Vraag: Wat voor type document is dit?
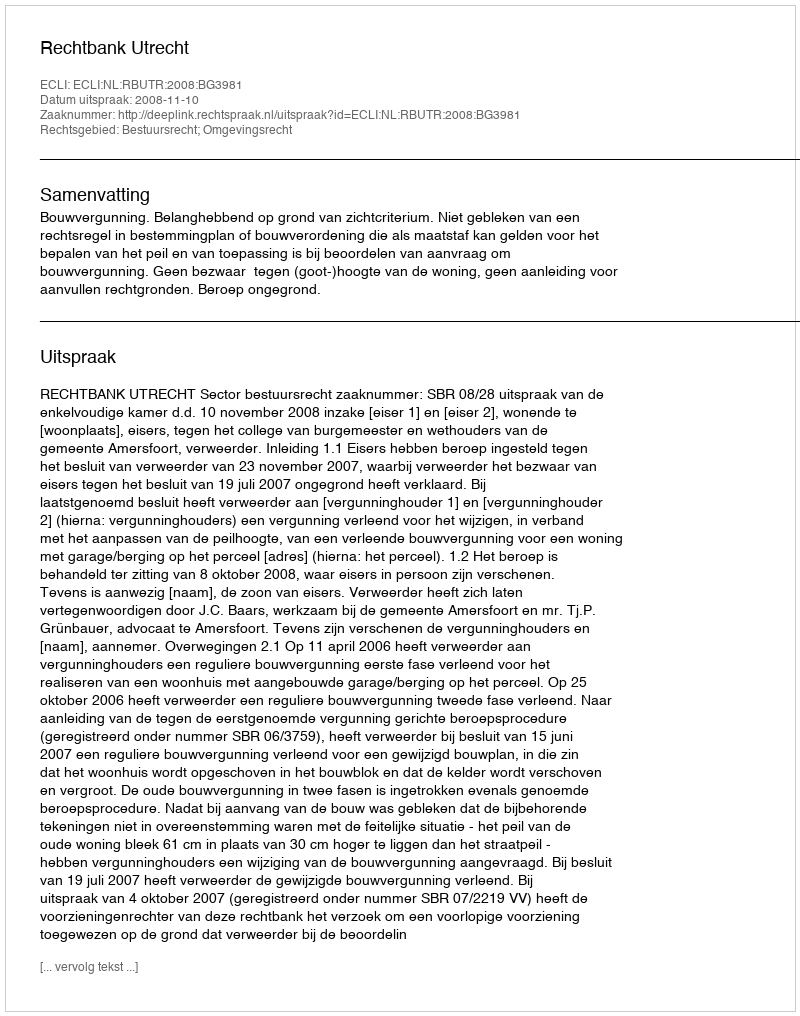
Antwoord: Uitspraak